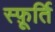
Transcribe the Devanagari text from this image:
स्फ़ूर्ति